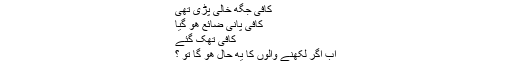
کافی جگه خالی پڑی تھی
کافی پانی ضائع هو گیا
کافی تھک گئے
اب اگر لکھنے والوں کا یه حال هو گا تو ؟